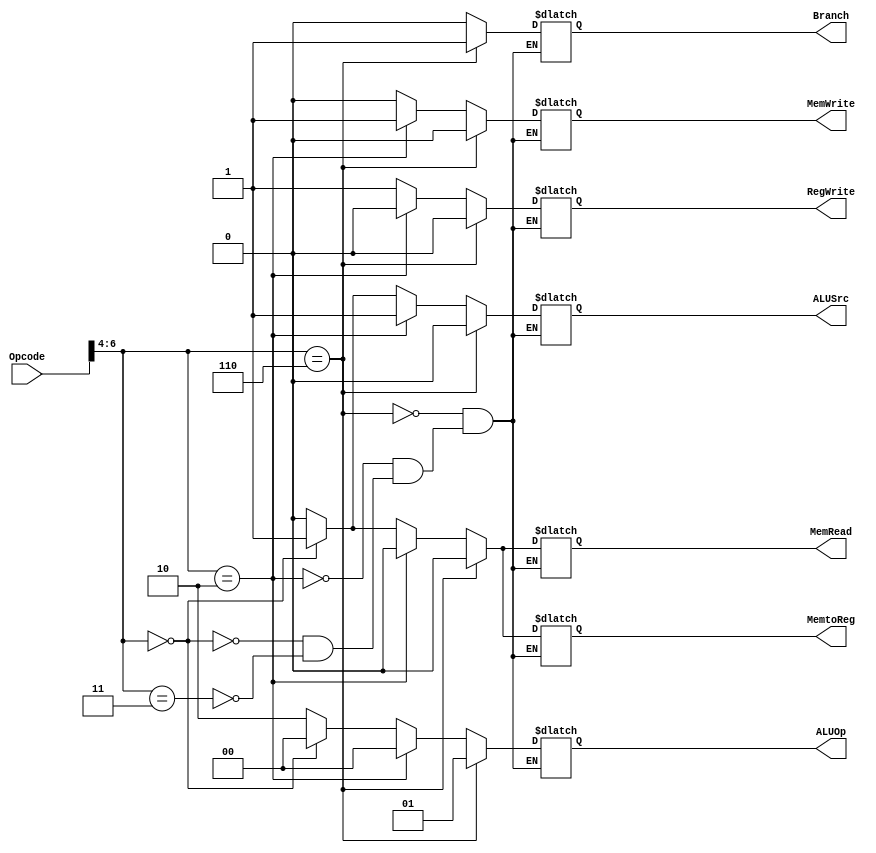
module Control_Unit
(
input [6:0] Opcode,
output reg Branch,MemRead,MemtoReg,MemWrite,ALUSrc,RegWrite,
output reg [1:0] ALUOp
);

always @ *
	begin
		if (Opcode[6:4]==3'b011)
		begin
			ALUSrc=0;
			MemtoReg=0;
			RegWrite=1;
			MemRead=0;
			MemWrite=0;
			Branch=0;
			ALUOp [1:0]= 2'b10;
		end
		if (Opcode[6:4]==3'b000)
		begin
			ALUSrc=1;
			MemtoReg=1;
			RegWrite=1;
			MemRead=1;
			MemWrite=0;
			Branch=0;
			ALUOp [1:0]= 2'b00;
		end
		if (Opcode[6:4]==3'b010)
		begin
			ALUSrc=1;
			MemtoReg=0;
			RegWrite=0;
			MemRead=0;
			MemWrite=1;
			Branch=0;
			ALUOp [1:0]= 2'b00;
		end
		if (Opcode[6:4]==3'b110)
		begin
			ALUSrc=0;
			MemtoReg=0;
			RegWrite=0;
			MemRead=0;
			MemWrite=0;
			Branch=1;
			ALUOp [1:0]= 2'b01;
		end
	end
endmodule